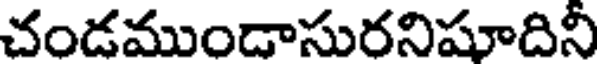
చండముండాసురనిషూదినీ